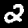
Digit: 2